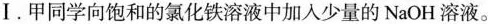
Ⅰ.甲同学向饱和的氯化铁溶液中加入少量的NaOH溶液。